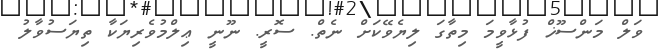
ވަލް މަންސޫޚް ފުޅާވީމަ މިތާގަ ލިޔެވޭކަށް ނެތް. ސޮރީ. ނޫނީ ޢިލްމުވެރިޔަކާ ތިޔަސުވާލު